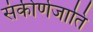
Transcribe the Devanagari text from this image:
संकीर्णजाति